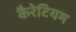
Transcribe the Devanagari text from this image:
कैरेटियम